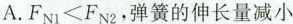
A.$$F _ { N 1 } < F _ { N 2 }$$，弹簧的伸长量减小